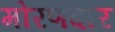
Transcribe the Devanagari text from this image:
मोरणदार